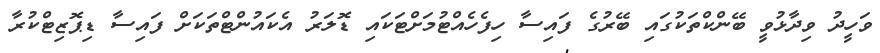
ވަހީދު ވިދާޅުވީ ބޭންކްތަކުގައި ބޭރުގެ ފައިސާ ހިފެހެއްޓުމަށްޓަކައި ޑޮލަރު އެކައުންޓްތަކަށް ފައިސާ ޑިޕޮޒިޓްކުރާ